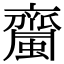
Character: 𧓉